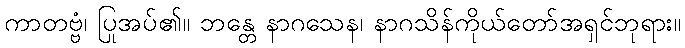
ကာတဗ္ဗံ၊ ပြုအပ်၏။ ဘန္တေ နာဂသေန၊ နာဂသိန်ကိုယ်တော်အရှင်ဘုရား။